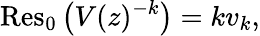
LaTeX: \operatorname{Res}_{0}{\big(}V(z)^{-k}{\big)}=kv_{k},